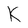
Character: K